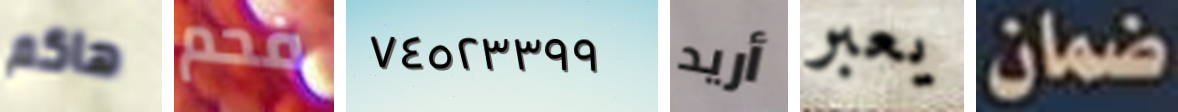
هاكم فحم ٧٤٥٢٣٣٩٩ أريد يعبر ضمان